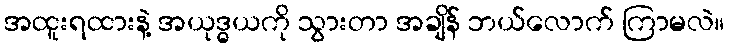
အထူးရထားနဲ့ အယုဒ္ဓယကို သွားတာ အချိန် ဘယ်လောက် ကြာမလဲ။